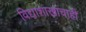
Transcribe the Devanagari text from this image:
विद्याशाखांचाही